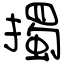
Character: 擉